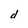
Character: d